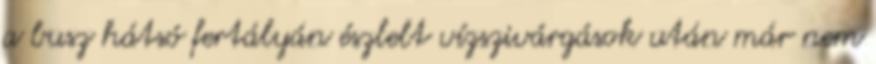
a busz hátsó fertályán észlelt vízszivárgások után már nem